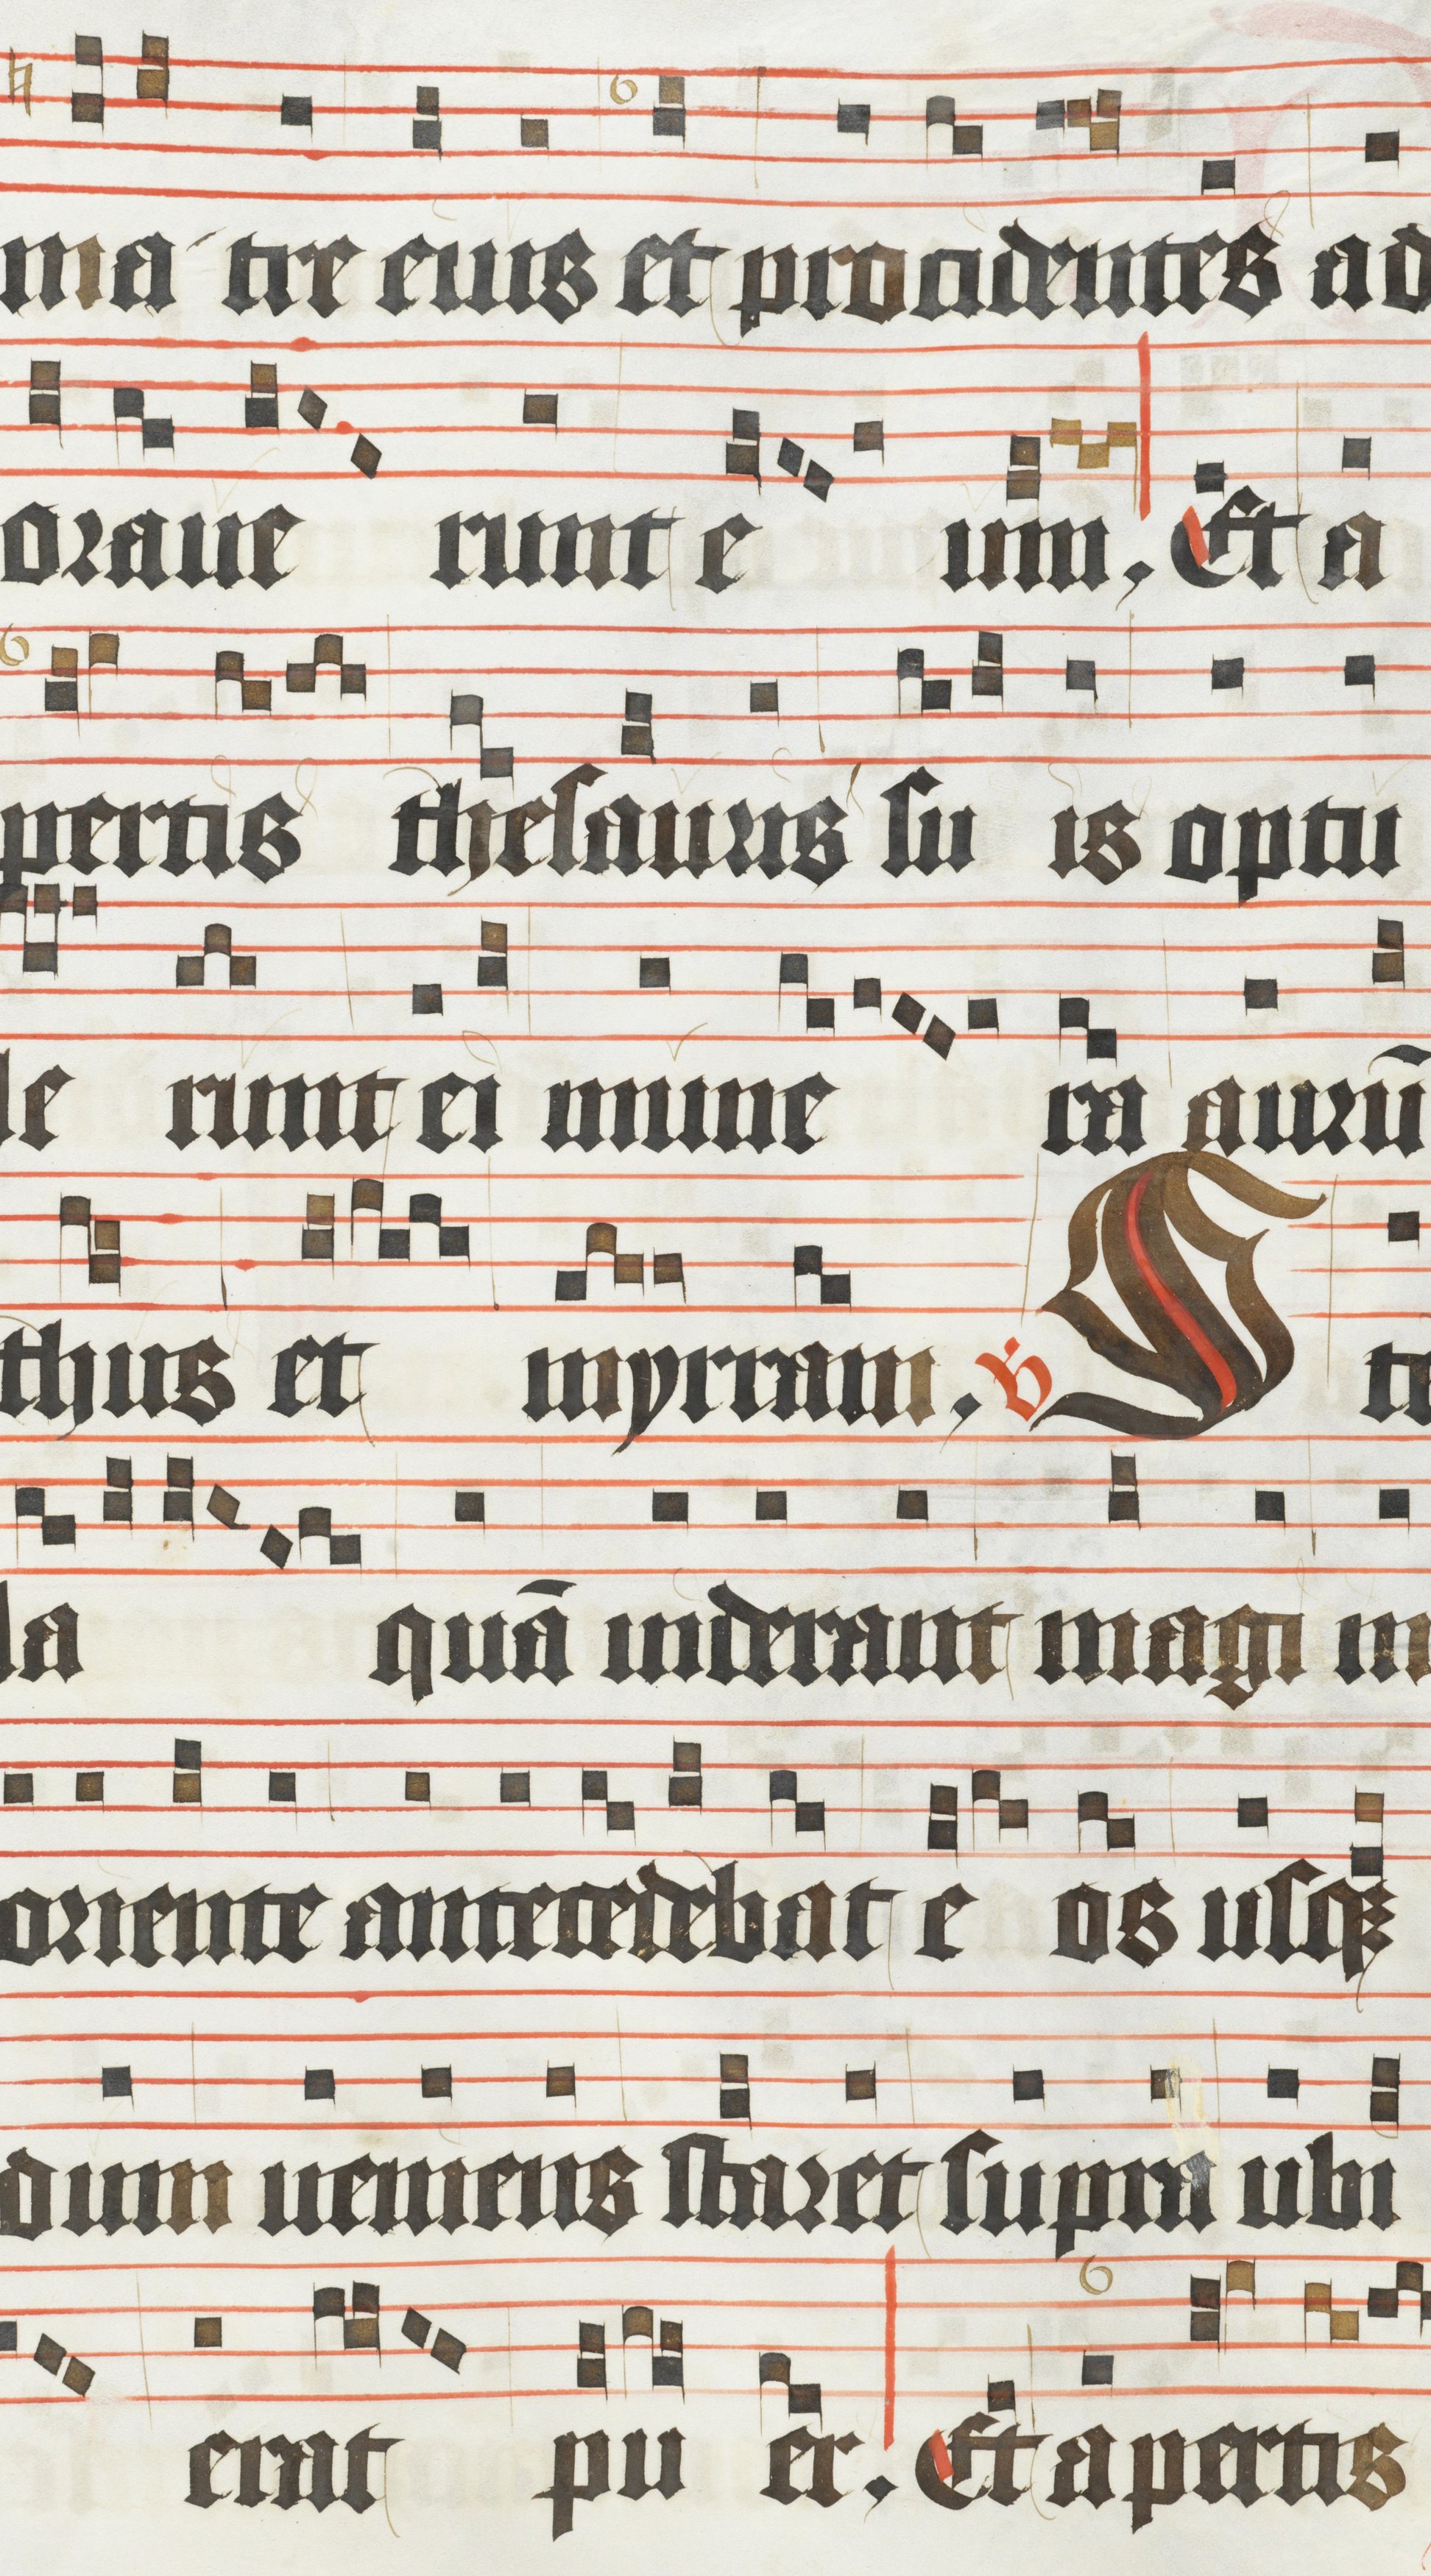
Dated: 1450–1499